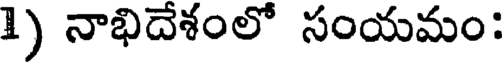
1) నాభిదేశంలో సంయమం: